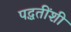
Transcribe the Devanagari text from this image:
पद्धतींशी